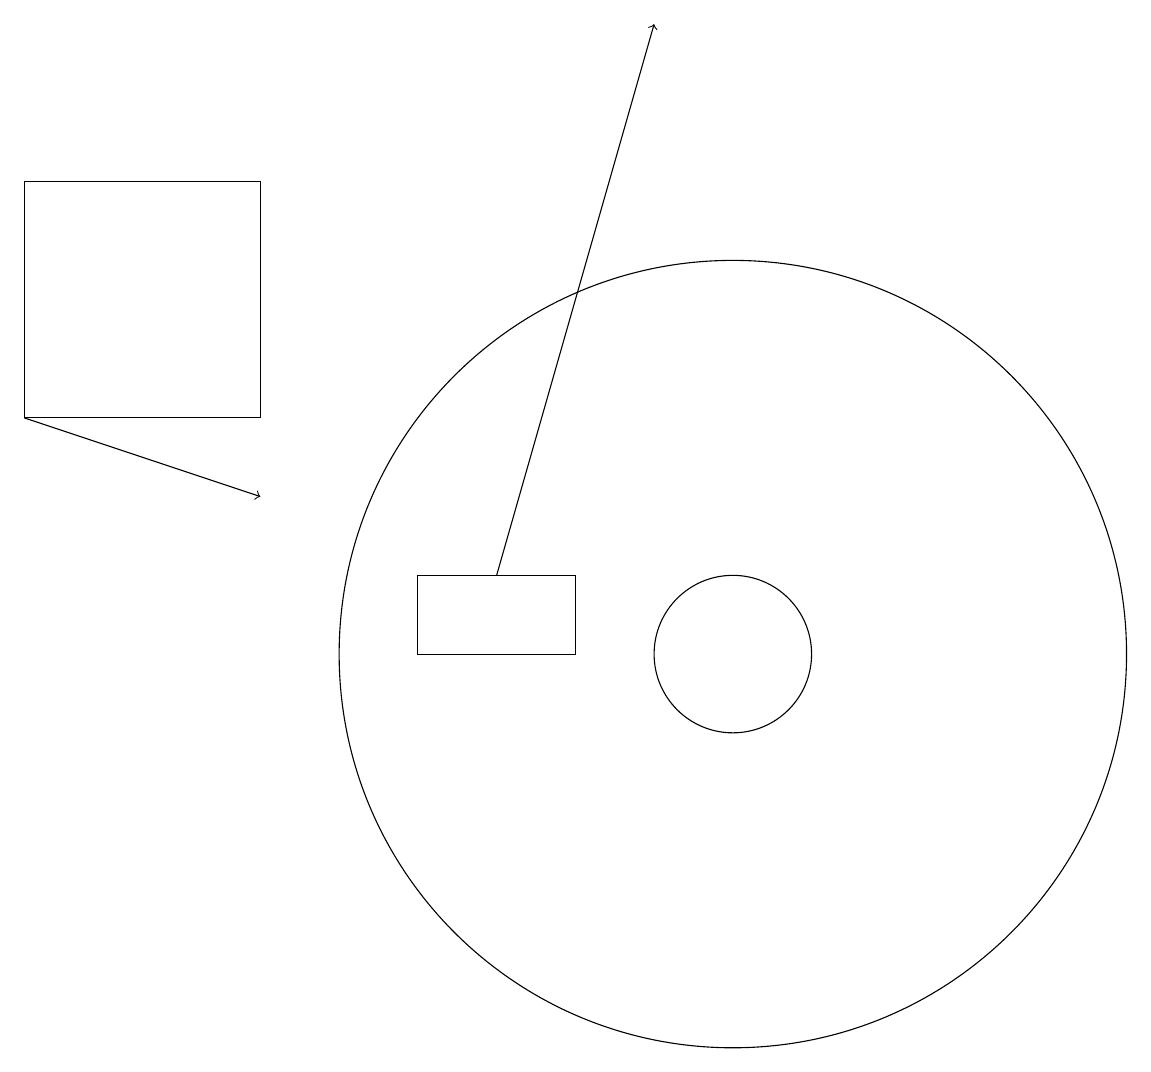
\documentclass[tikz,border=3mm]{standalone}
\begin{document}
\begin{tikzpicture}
\draw (10,10) circle (1);
\draw (8,11) rectangle (6,10);
\draw[->] (1,13) -- (4,12);
\draw (10,10) circle (5);
\draw (4,13) rectangle (1,16);
\draw[->] (7,11) -- (9,18);
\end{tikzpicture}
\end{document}